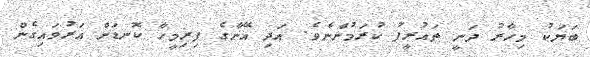
ބަޔަކު މިހާާރު ދަނީ ތައުރީފު ކުރަމުންނެވެ. އަދި އޭނާގެ ފިރިމީހާ ކޮނޑަށް އަރުވައިގެން